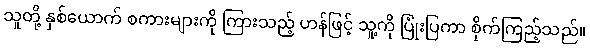
သူတို့ နှစ်ယောက် စကားများကို ကြားသည့် ဟန်ဖြင့် သူ့ကို ပြုံးပြကာ စိုက်ကြည့်သည်။